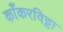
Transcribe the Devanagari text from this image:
काँकरविट्टा